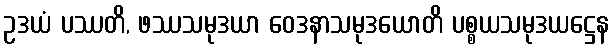
ဥဒယံ ပဿတိ, ဖဿသမုဒယာ ဝေဒနာသမုဒယောတိ ပစ္စယသမုဒယဋ္ဌေန